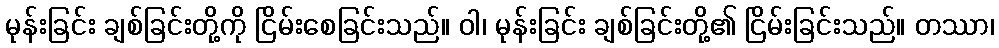
မုန်းခြင်း ချစ်ခြင်းတို့ကို ငြိမ်းစေခြင်းသည်။ ဝါ၊ မုန်းခြင်း ချစ်ခြင်းတို့၏ ငြိမ်းခြင်းသည်။ တဿာ၊